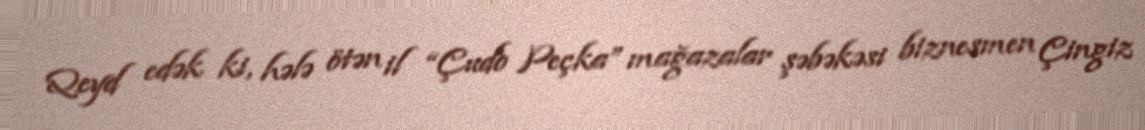
Qeyd edək ki, hələ ötən il “Çudo Peçka” mağazalar şəbəkəsi biznesmen Çingiz